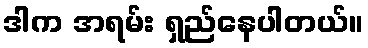
ဒါက အရမ်း ရှည်နေပါတယ်။